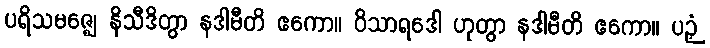
ပရိသမဇ္ဈေ နိသီဒိတွာ နဒါမီတိ ဧကော။ ဝိသာရဒေါ ဟုတွာ နဒါမီတိ ဧကော။ ပဉှံ